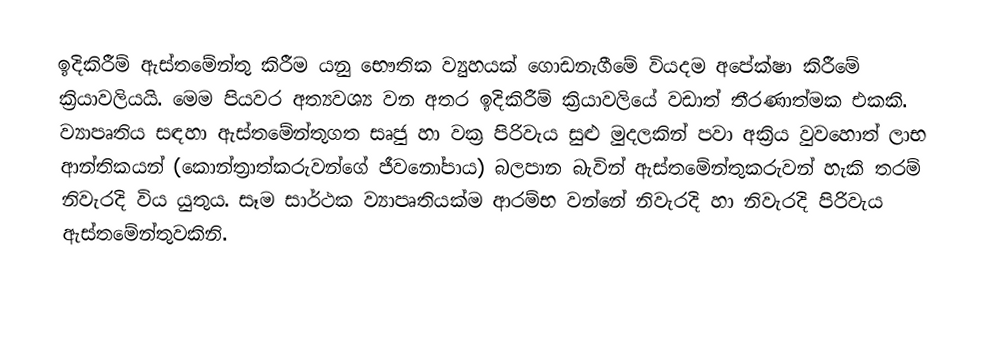
ඉදිකිරීම් ඇස්තමේන්තු කිරීම යනු භෞතික ව්‍යුහයක් ගොඩනැගීමේ වියදම අපේක්ෂා කිරීමේ ක්‍රියාවලියයි. මෙම පියවර අත්‍යවශ්‍ය වන අතර ඉදිකිරීම් ක්‍රියාවලියේ වඩාත් තීරණාත්මක එකකි. ව්‍යාපෘතිය සඳහා ඇස්තමේන්තුගත සෘජු හා වක්‍ර පිරිවැය සුළු මුදලකින් පවා අක්‍රිය වුවහොත් ලාභ ආන්තිකයන් (කොන්ත්‍රාත්කරුවන්ගේ ජීවනෝපාය) බලපාන බැවින් ඇස්තමේන්තුකරුවන් හැකි තරම් නිවැරදි විය යුතුය. සෑම සාර්ථක ව්‍යාපෘතියක්ම ආරම්භ වන්නේ නිවැරදි හා නිවැරදි පිරිවැය ඇස්තමේන්තුවකිනි.